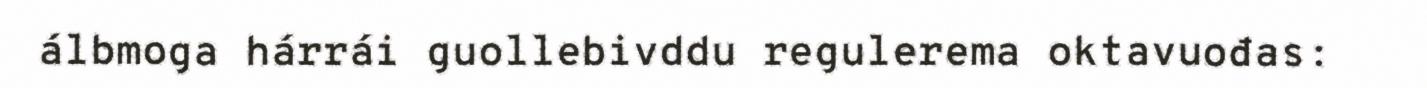
álbmoga hárrái guollebivddu regulerema oktavuođas: